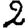
Digit: 2